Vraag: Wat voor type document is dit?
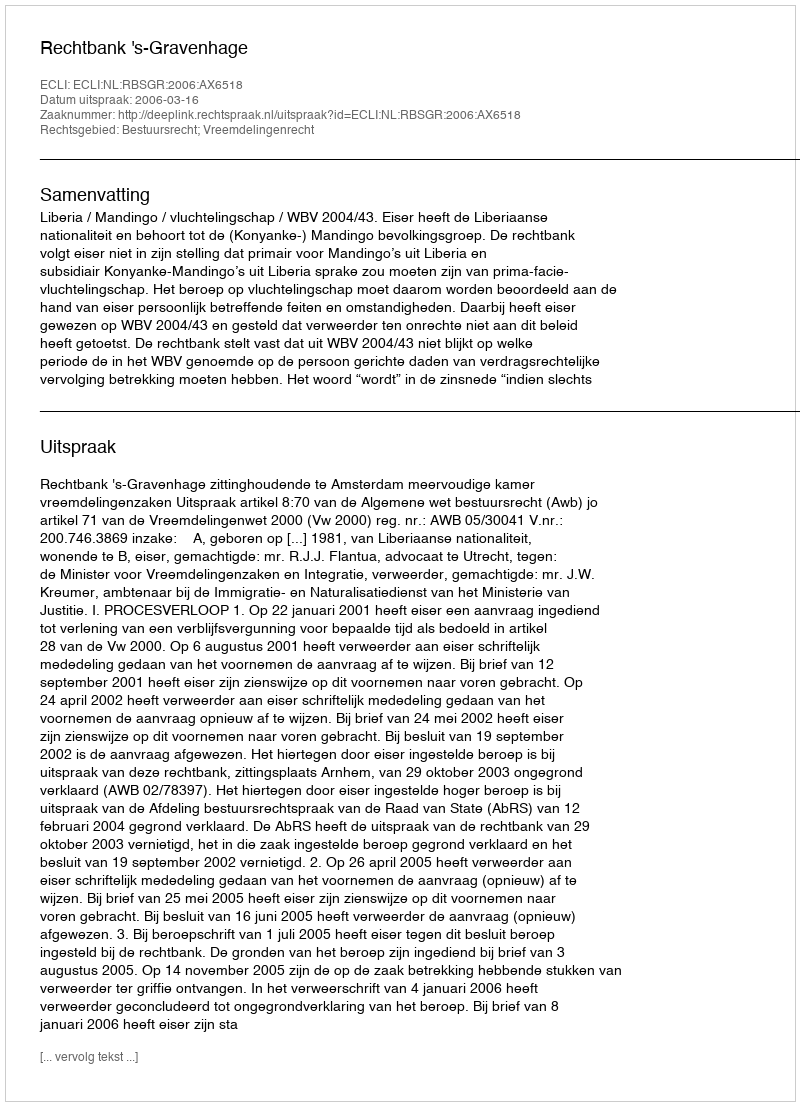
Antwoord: Uitspraak